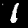
Digit: 1